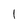
Character: l